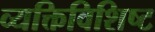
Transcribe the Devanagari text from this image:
व्यक्तिविशिष्ट